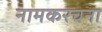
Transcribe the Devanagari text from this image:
नामकरचना